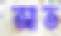
আত